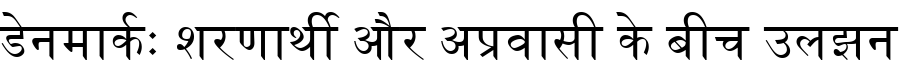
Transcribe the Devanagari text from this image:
डेनमार्कः शरणार्थी और अप्रवासी के बीच उलझन